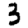
Digit: 3